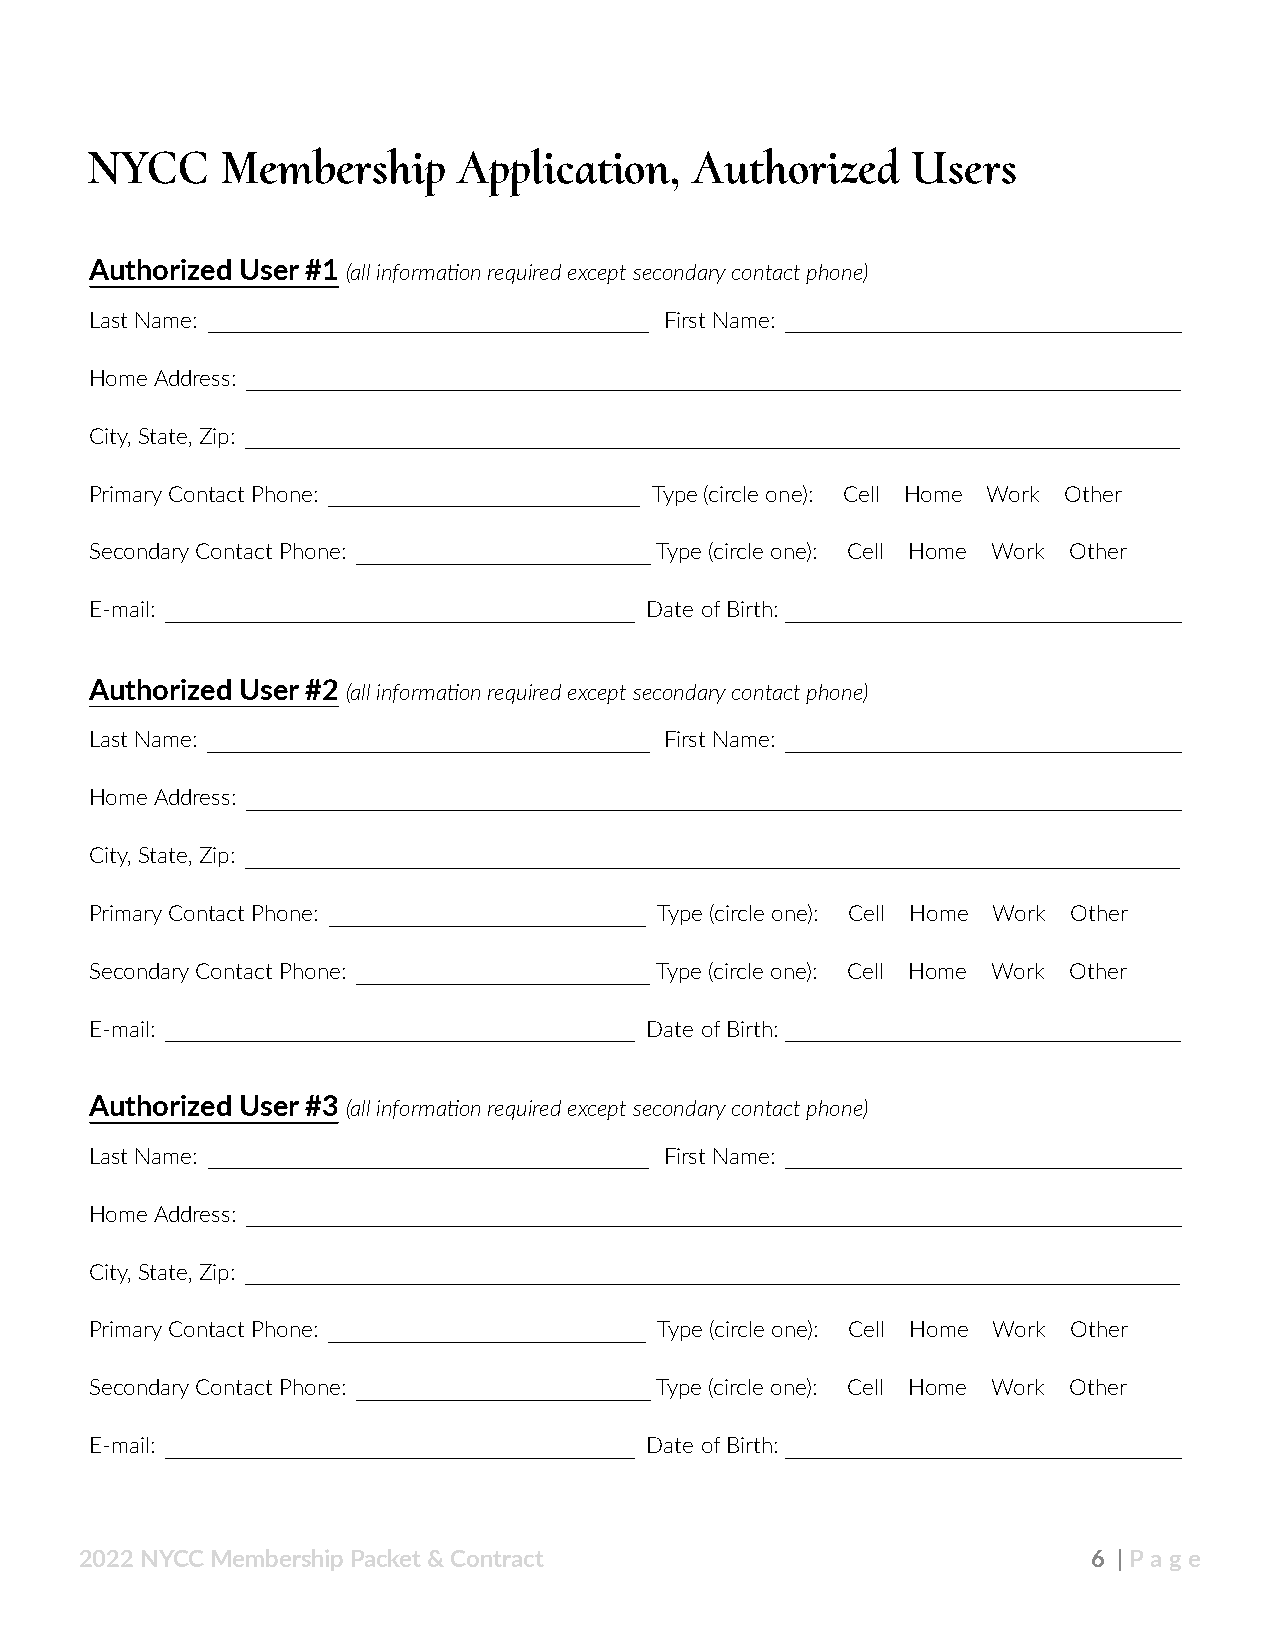
NYCC     Membership     Application,    Authorized    Users
 Authorized User #1 (all information required except secondary contact phone)
 Last Name:                            First Name:
 Home Address:
 City, State, Zip:
 Primary Contact Phone:               Type (circle one): Cell Home Work Other
 Secondary Contact Phone:             Type (circle one): Cell Home Work Other
 E-mail:                              Date of Birth:
 Authorized User #2 (all information required except secondary contact phone)
 Last Name:                            First Name:
 Home Address:
 City, State, Zip:
 Primary Contact Phone:                Type (circle one): Cell Home Work Other
 Secondary Contact Phone:             Type (circle one): Cell Home Work Other
 E-mail:                              Date of Birth:
 Authorized User #3 (all information required except secondary contact phone)
 Last Name:                            First Name:
 Home Address:
 City, State, Zip:
 Primary Contact Phone:                Type (circle one): Cell Home Work Other
 Secondary Contact Phone:             Type (circle one): Cell Home Work Other
 E-mail:                              Date of Birth:
 2022 NYCC Membership Packet & Contract                             6 | Pa ge